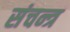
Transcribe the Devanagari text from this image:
संचन्त्र